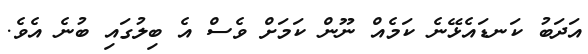
އަދަބު ކަނޑައެޅޭނެ ކަމެއް ނޫން ކަމަށް ވެސް އެ ބިލުގައި ބުނެ އެވެ.